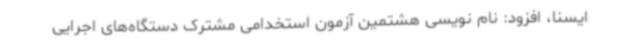
ایسنا، افزود: نام نویسی هشتمین آزمون استخدامی مشترک دستگاه‌های اجرایی